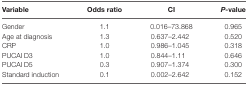
<table><thead><tr><td><b>Variable</b></td><td><b>Odds ratio</b></td><td><b>CI</b></td><td><b><i>P</i>-value</b></td></tr></thead><tbody><tr><td>Gender</td><td>1.1</td><td>0.016–73.868</td><td>0.965</td></tr><tr><td>Age at diagnosis</td><td>1.3</td><td>0.637–2.442</td><td>0.520</td></tr><tr><td>CRP</td><td>1.0</td><td>0.986–1.045</td><td>0.318</td></tr><tr><td>PUCAI D3</td><td>1.0</td><td>0.844–1.11</td><td>0.646</td></tr><tr><td>PUCAI D5</td><td>0.3</td><td>0.907–1.374</td><td>0.300</td></tr><tr><td>Standard induction</td><td>0.1</td><td>0.002–2.642</td><td>0.152</td></tr></tbody></table>